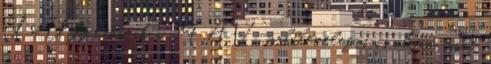
Úr Úgy látszik a MÁV-val levelezni is olyan, mint